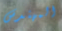
المهندس